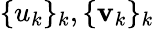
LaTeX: \{ u_{k}\} _{k},\{ \mathbf{v}_{k}\} _{k}